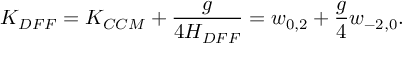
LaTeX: K _ { D F F } = K _ { C C M } + \frac { g } { 4 H _ { D F F } } = w _ { 0 , 2 } + { \frac { g } { 4 } } w _ { - 2 , 0 } .